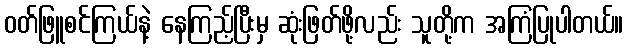
ဝတ်ဖြူစင်ကြယ်နဲ့ နေကြည့်ပြီးမှ ဆုံးဖြတ်ဖို့လည်း သူတို့က အကြံပြုပါတယ်။